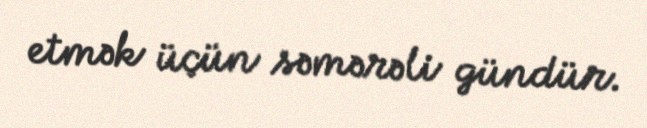
etmək üçün səmərəli gündür.